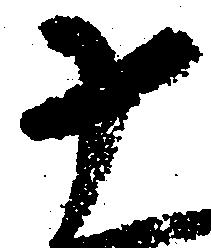
十